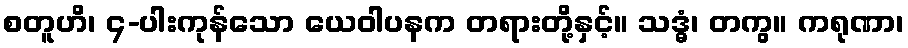
စတူဟိ၊ ၄-ပါးကုန်သော ယေဝါပနက တရားတို့နှင့်။ သဒ္ဓံ၊ တကွ။ ကရုဏာ၊